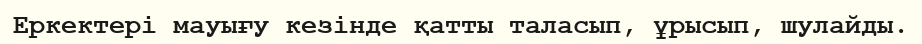
Еркектері мауығу кезінде қатты таласып, ұрысып, шулайды.